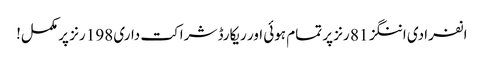
انفرادی اننگز 81 رنز پر تمام ہوئی اور ریکارڈ شراکت داری 198 رنز پر مکمل!